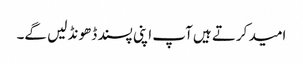
امید کرتے ہیں آپ اپنی پسند ڈھونڈ لیں گے۔